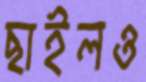
ছাইলও